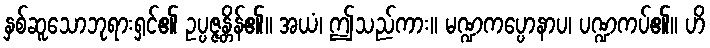
နှစ်ဆူသောဘုရားရှင်၏ ဥပ္ပဇ္ဇန္တိန်၏။ အယံ၊ ဤသည်ကား။ မဏ္ဍကပ္ပောနာပ၊ ပဏ္ဍကပ်၏။ ဟိ